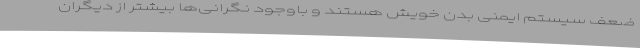
ضعف سیستم ایمنی بدن خویش هستند و باوجود نگرانی‌ها بیشتر از دیگران